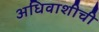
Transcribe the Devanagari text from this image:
अधिवाशीची